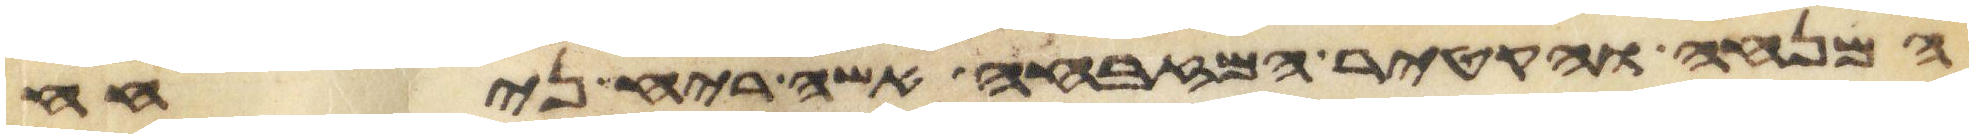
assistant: המנחה והקטיר המזבחה אשה ריח ניחח